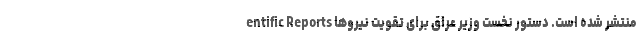
entific Reports منتشر شده است. دستور نخست وزیر عراق برای تقویت نیروها